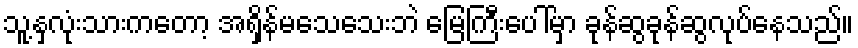
သူ့နှလုံးသားကတော့ အရှိန်မသေသေးဘဲ မြေကြီးပေါ်မှာ ခုန်ဆွခုန်ဆွလုပ်နေသည်။